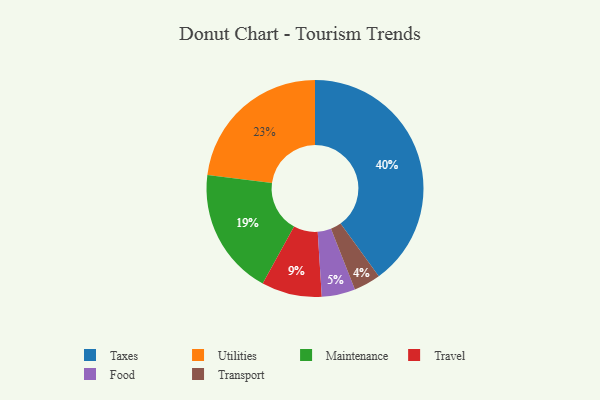
{"axis": {"x": "Category", "y": "Percentage"}, "legend": ["Food", "Maintenance", "Taxes", "Transport", "Travel", "Utilities"], "data": [{"x": "Utilities", "y": 23, "type": "Utilities"}, {"x": "Maintenance", "y": 19, "type": "Maintenance"}, {"x": "Transport", "y": 4, "type": "Transport"}, {"x": "Travel", "y": 9, "type": "Travel"}, {"x": "Taxes", "y": 40, "type": "Taxes"}, {"x": "Food", "y": 5, "type": "Food"}]}